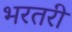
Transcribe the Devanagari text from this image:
भरतरी